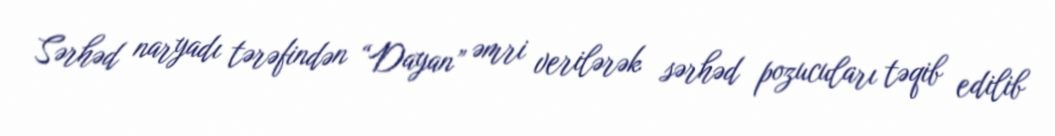
Sərhəd naryadı tərəfindən “Dayan” əmri verilərək sərhəd pozucuları təqib edilib